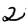
Digit: 2